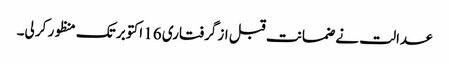
عدالت نے ضمانت قبل از گرفتاری 16 اکتوبر تک منظور کر لی۔